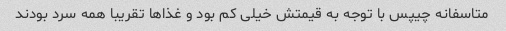
متاسفانه چیپس با توجه به قیمتش خیلی کم بود و غذاها تقریبا همه سرد بودند